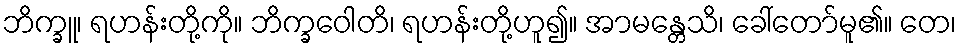
ဘိက္ခူ၊ ရဟန်းတို့ကို။ ဘိက္ခဝေါတိ၊ ရဟန်းတို့ဟူ၍။ အာမန္တေသိ၊ ခေါ်တော်မူ၏။ တေ၊